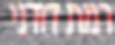
רמת דודני